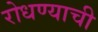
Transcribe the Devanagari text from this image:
रोधण्याची